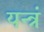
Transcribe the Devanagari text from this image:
यन्त्रं